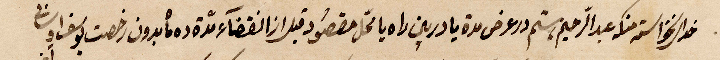
خدا ... ستة منكم عبد الرحيم رستم درعرض مدة يادرين راه يا محلّ مقصود ازا انقضاء مدة ده مابدون رخصت يوسف ...